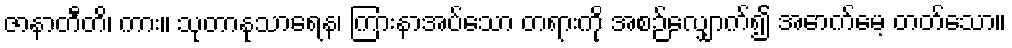
ဇာနာတီတိ၊ ကား။ သုတာနုသာရေန၊ ကြားနာအပ်သော တရားကို အစဉ်လျှောက်၍ အောက်မေ့ တတ်သော။